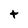
Character: t